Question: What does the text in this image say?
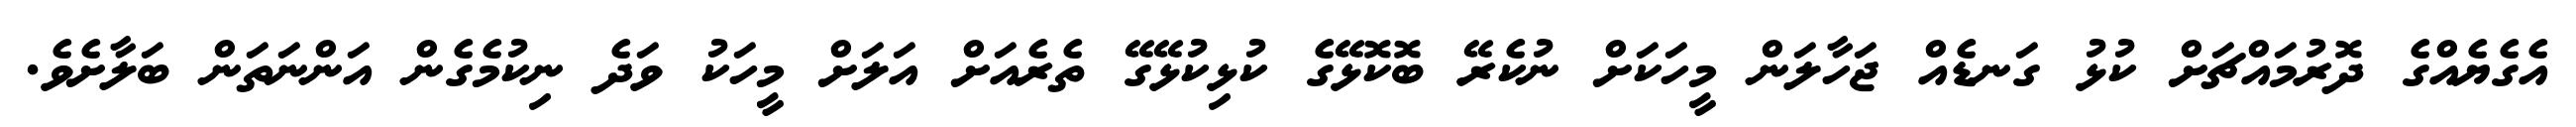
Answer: އެގެޔެއްގެ ދޮރުމައްޗަށް ކުޅު ގަނޑެއް ޖަހާލަން މީހަކަށް ނުކެރޭ ބޮކޮޅޭގެ ކުޅިކުޅޭގޭ ތެރެއަށް އަލަށް މީހަކު ވަދެ ނިކުމެގެން އަންނަތަން ބަލާށެވެ.